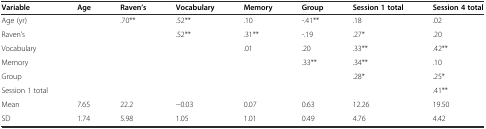
<table><thead><tr><td><b>Variable</b></td><td><b>Age</b></td><td><b>Raven’s</b></td><td><b>Vocabulary</b></td><td><b>Memory</b></td><td><b>Group</b></td><td><b>Session 1 total</b></td><td><b>Session 4 total</b></td></tr></thead><tbody><tr><td>Age (yr)</td><td></td><td>.70**</td><td>.52**</td><td>.10</td><td>-.41**</td><td>.18</td><td>.02</td></tr><tr><td>Raven’s</td><td></td><td></td><td>.52**</td><td>.31**</td><td>-.19</td><td>.27*</td><td>.20</td></tr><tr><td>Vocabulary</td><td></td><td></td><td></td><td>.01</td><td>.20</td><td>.33**</td><td>.42**</td></tr><tr><td>Memory</td><td></td><td></td><td></td><td></td><td>.33**</td><td>.34**</td><td>.10</td></tr><tr><td>Group</td><td></td><td></td><td></td><td></td><td></td><td>.28*</td><td>.25*</td></tr><tr><td>Session 1 total</td><td></td><td></td><td></td><td></td><td></td><td></td><td>.41**</td></tr><tr><td>Mean</td><td>7.65</td><td>22.2</td><td>−0.03</td><td>0.07</td><td>0.63</td><td>12.26</td><td>19.50</td></tr><tr><td>SD</td><td>1.74</td><td>5.98</td><td>1.05</td><td>1.01</td><td>0.49</td><td>4.76</td><td>4.42</td></tr></tbody></table>